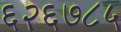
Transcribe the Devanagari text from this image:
६२६७८५